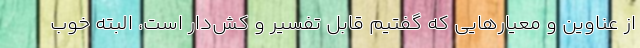
از عناوین و معیارهایی که گفتیم قابل تفسیر و کش‌دار است، البته خوب